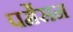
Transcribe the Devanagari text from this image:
पर्मेसन